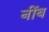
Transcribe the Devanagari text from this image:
नींब